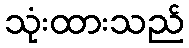
သုံးထားသည်